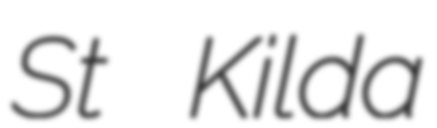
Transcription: St Kilda